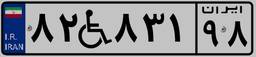
۹۷W۹۶۹۸۰